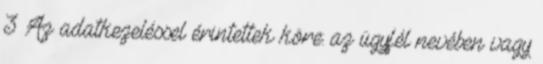
3 Az adatkezeléssel érintettek köre: az ügyfél nevében vagy